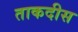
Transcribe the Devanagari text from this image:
ताकदीस